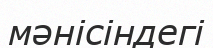
мәнісіндегі